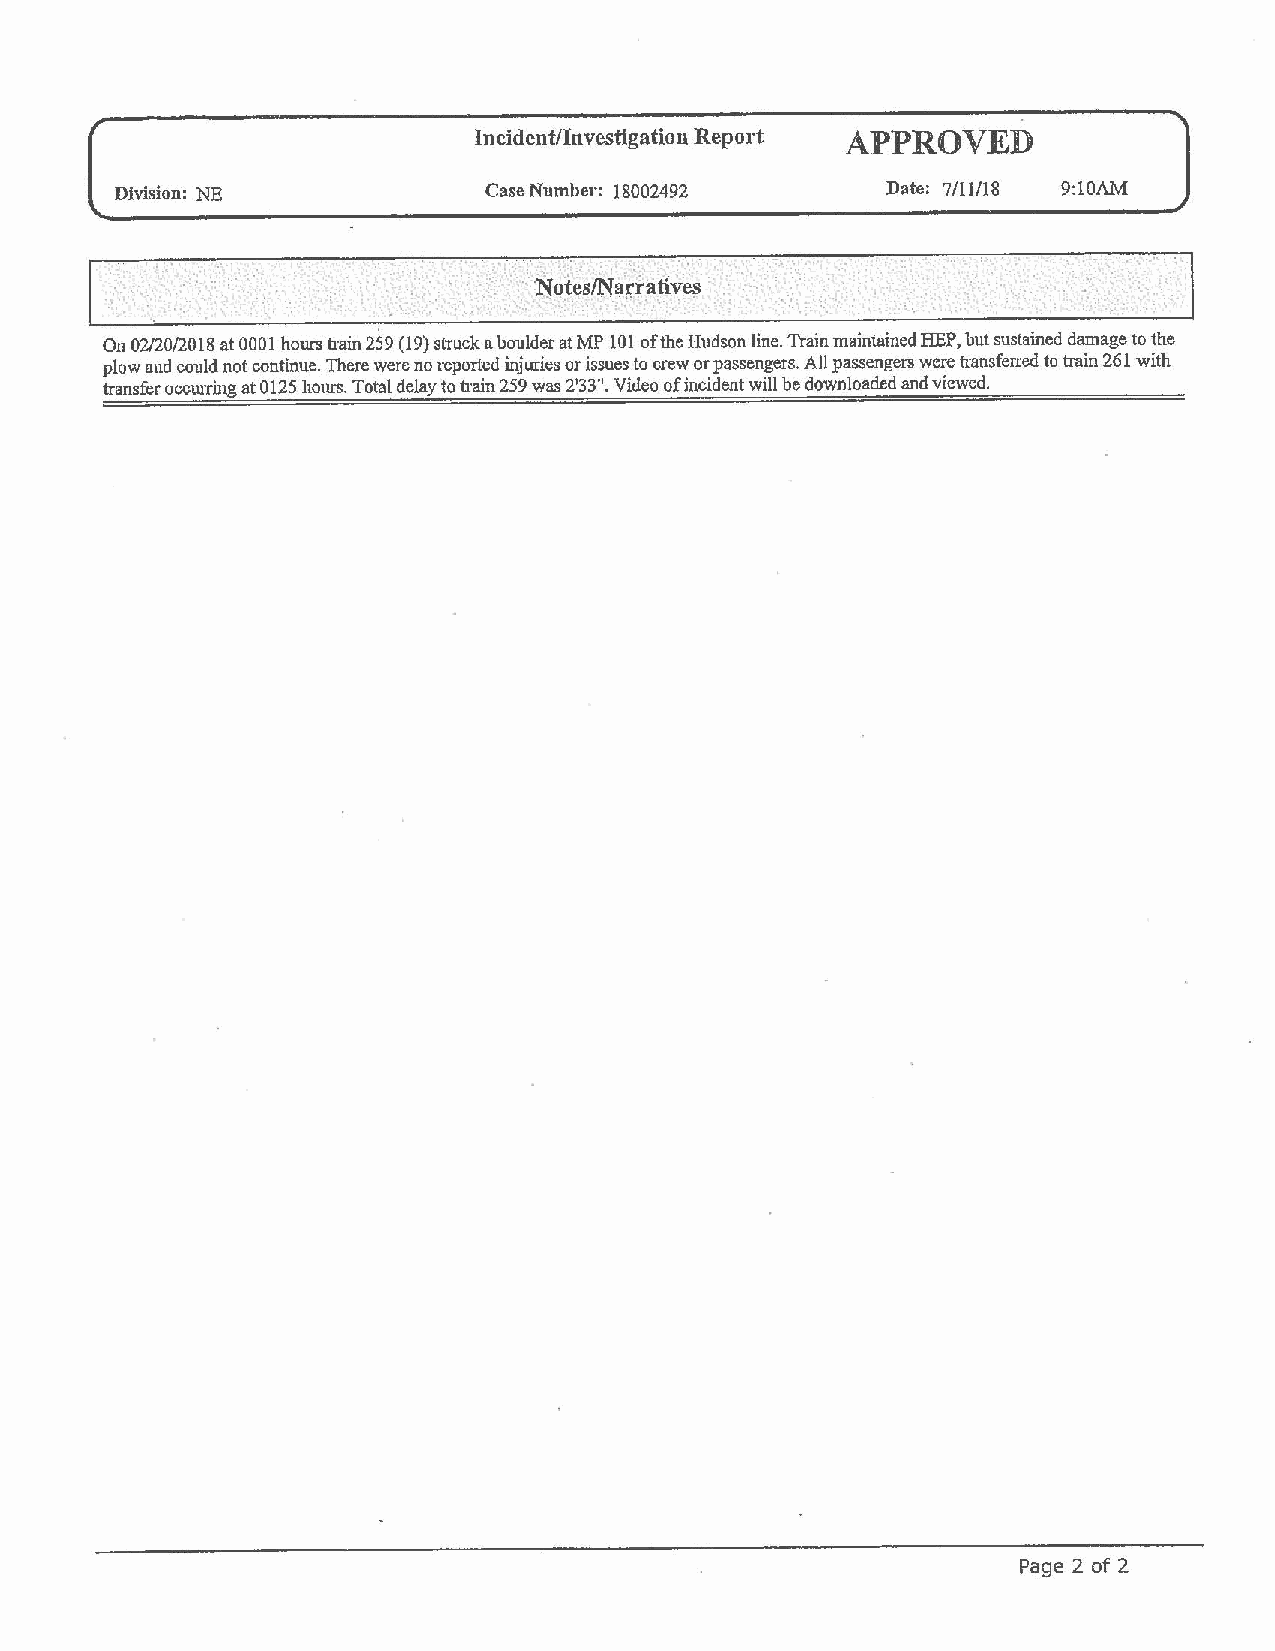
,
 Incident/Investigation Report APPROVED
 Division: NE            Case Number: 18002492      Date: 7/11/18 9:10AM
 .··.·.:'!•. .          ·-.·~otes/Na,;fati.ves . ·· -: . ... . , ..l ~. ... I
 ·: • •, ~ I                   .,_.: ~ ',
 On 02/20/2018 at 0001 hours train 259 (19) struck a boulder at MP 101 of the Hudson line. Train maintained HEP, but sustained damage to the
 plow and could not continue. There were no reported injuries or issues to crew or passengers. All passengers were transferred to train 261 with
 transfer occuiring at 0125 hours. Total delay to o:ain 259 was 2'33". Video of incident will be downloaded and viewed.
 Page 2 of 2